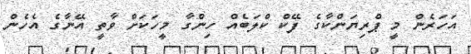
އަހަރެން މީ ޕްރިޔަންކާގެ ފޭކް ކްލަބެއް ހިންގާ މީހަކަށް ވާތީ އޭނާގެ އެހެން